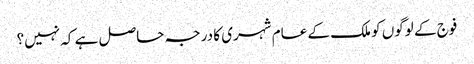
فوج کے لوگوں کو ملک کے عام شہری کا درجہ حاصل ہے کہ نہیں؟